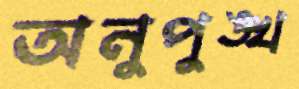
অনুপুঙ্খ